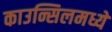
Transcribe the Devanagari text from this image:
काउन्सिलमध्ये